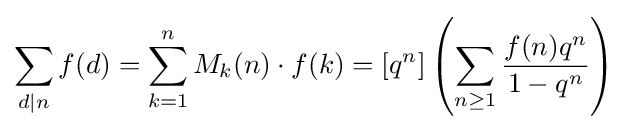
\sum _{d|n}f(d)=\sum _{k=1}^{n}M_{k}(n)\cdot f(k)=[q^{n}]\left(\sum _{n\geq 1}{\frac {f(n)q^{n}}{1-q^{n}}}\right)